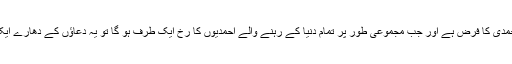
پس اپنی نمازوں کی حفاظت ہر احمدی کا فرض ہے اور جب مجموعی طور پر تمام دنیا کے رہنے والے احمدیوں کا رُخ ایک طرف ہو گا تو یہ دعاؤں کے دھارے ایک انقلاب لانے کا باعث بنیں گے۔